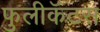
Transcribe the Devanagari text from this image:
फुलीकॅटस